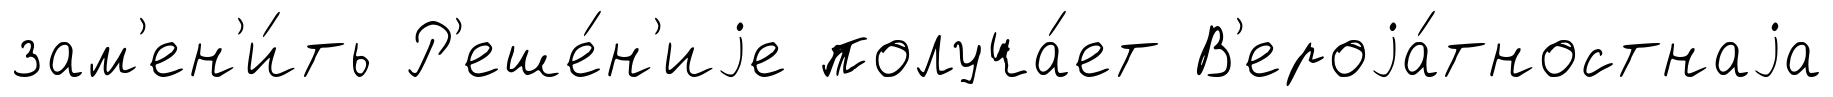
зам'ен'и́ть Р'еше́н'иjе получа́ет В'ероjа́тностнаjа